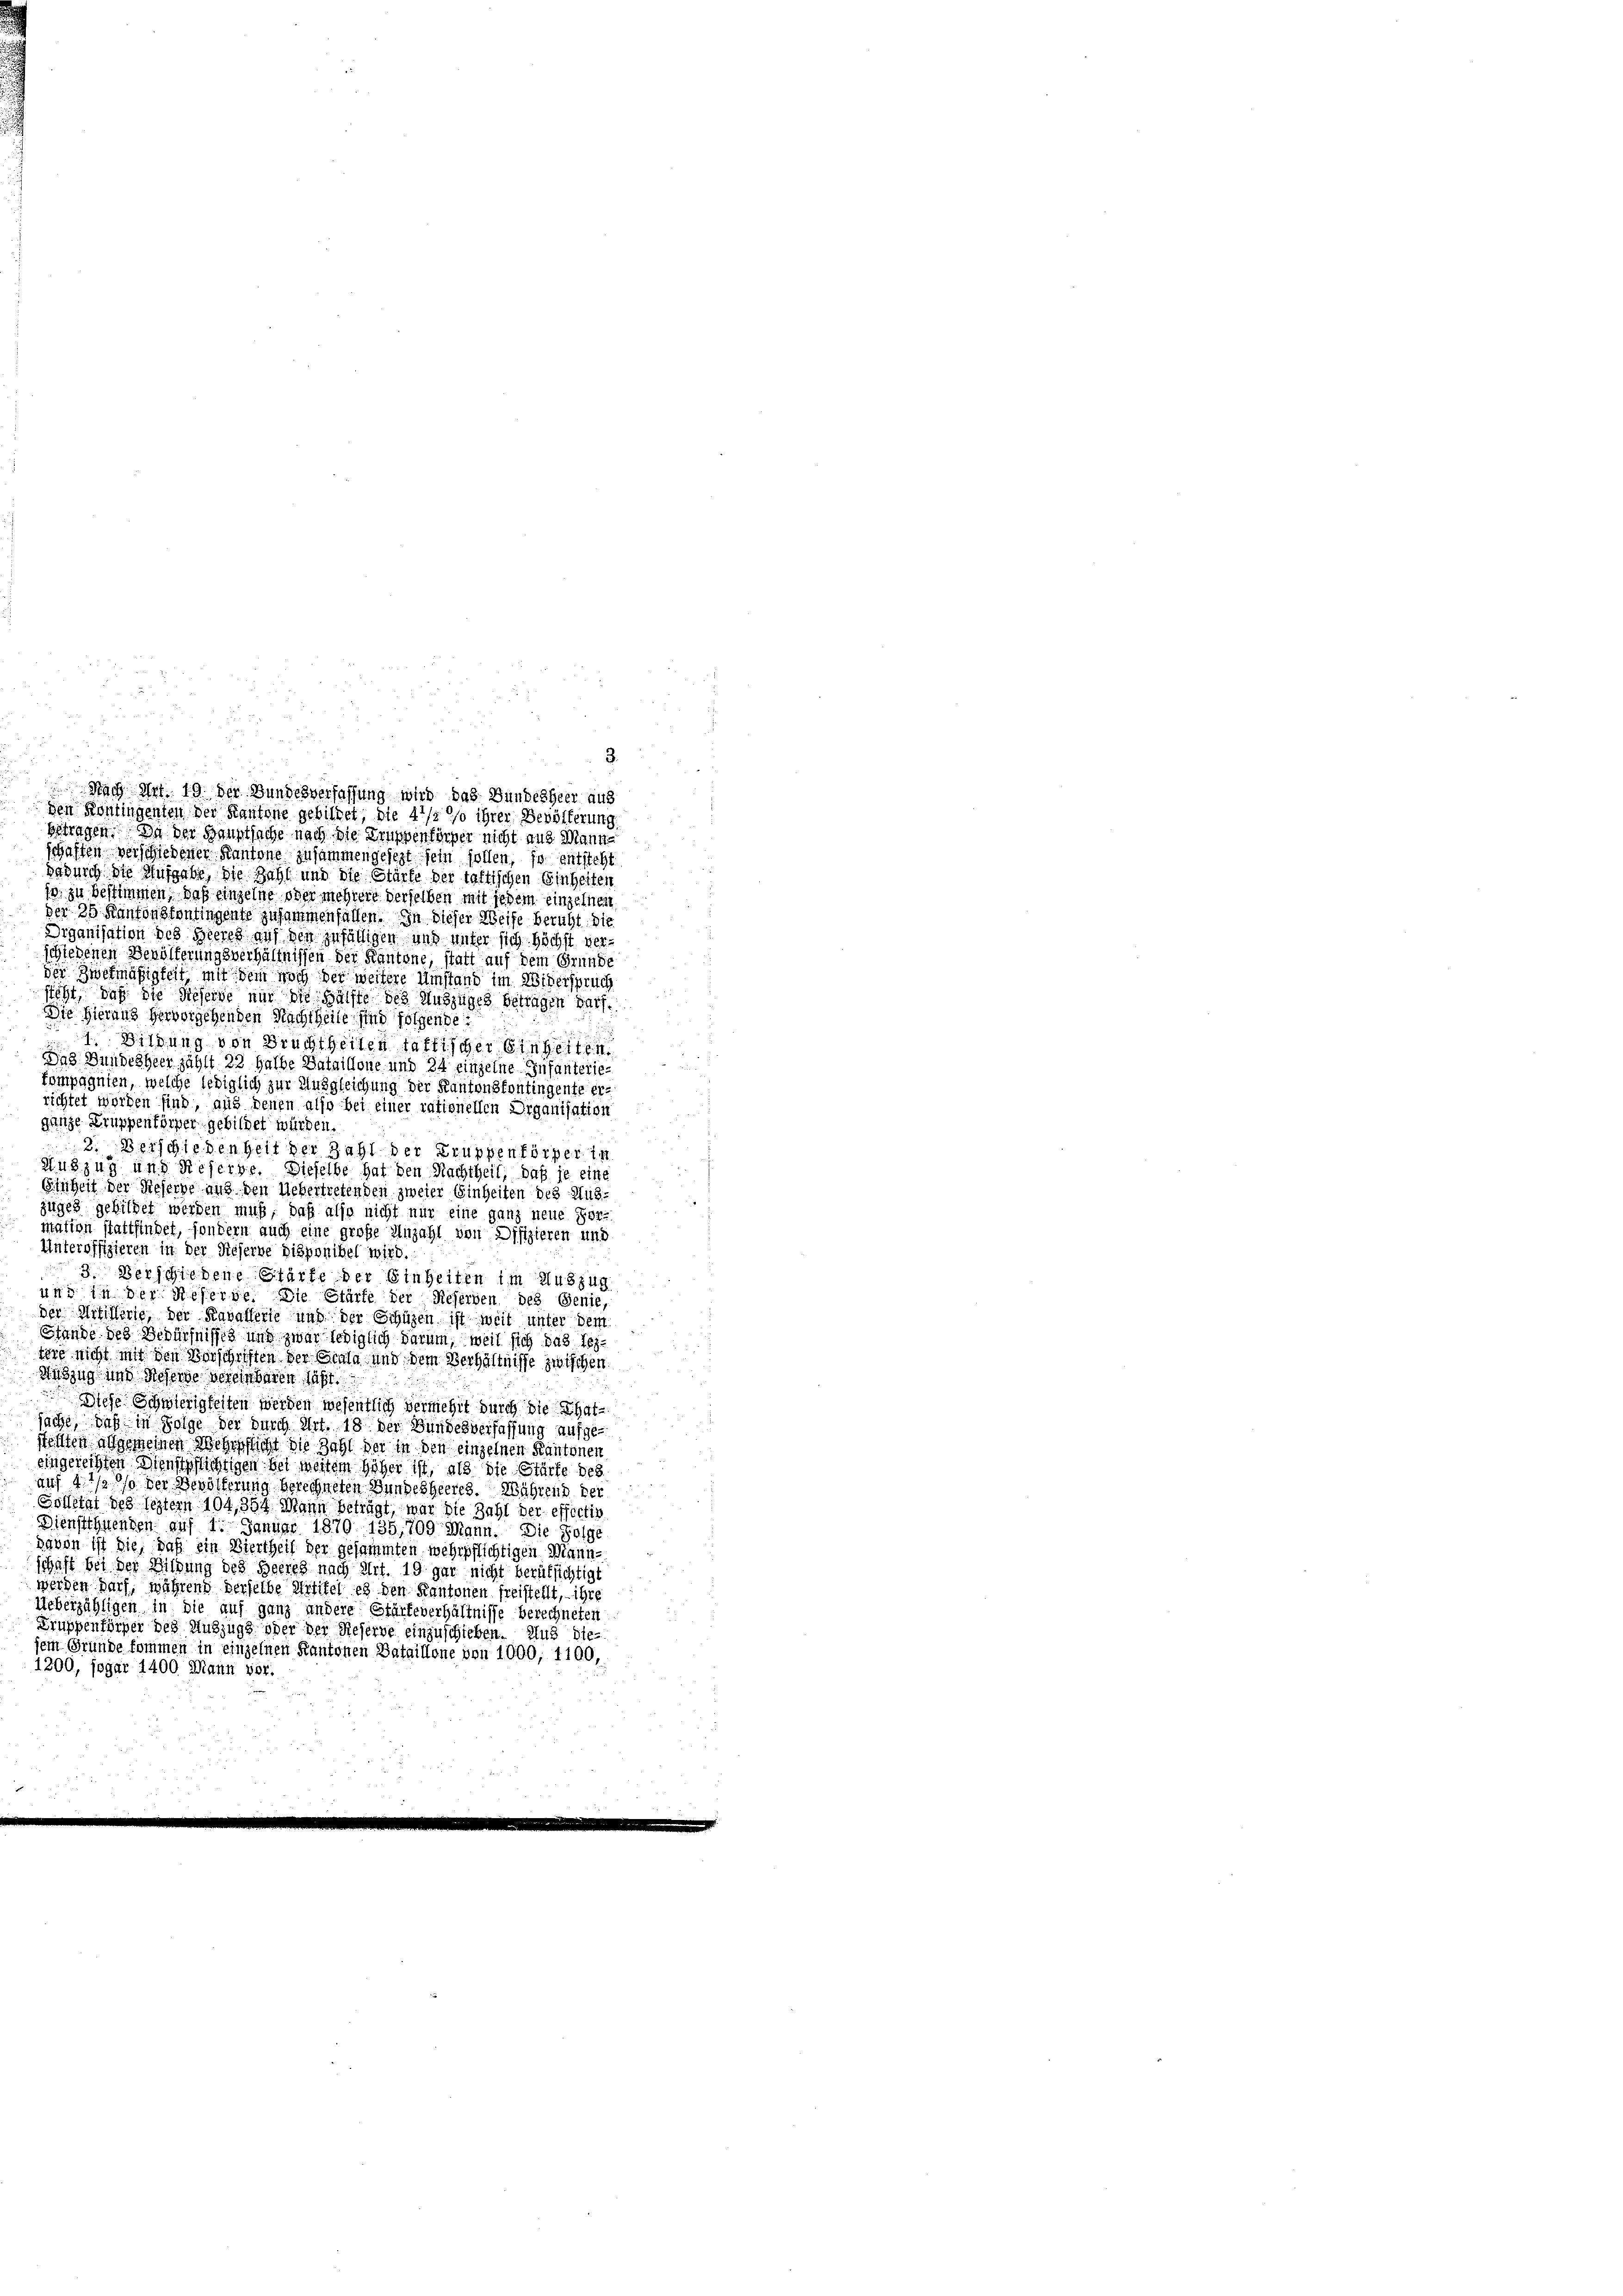
betragen. Da der Hauptsache nach die Gruppenkörper nicht aus Manns
schaffen verschiedener Kantone zusammengesezt sein sollen, so entsteht.
dadurch die Aufgabe, die Zahl und die Stürfe der taltischen Einheiten
1o. zu bestimmen, daß einzelne ober mehrere derselben mit jedem einzelnen
der 25 Kantonskontingente zusammenfallen. In dieser Weise beruht. Die
Organisation des Heeres auf den zufälligen und unter sich höchst verschiedenen Bevölferungsverhältnissen der Kantone, statt auf dem Grunde
der Zwekmäßigkeit mit dem noch der weisere Umstand im Widerspruch
steht, daß die dieserbe nur die Hälfte des Auszuges betragen darf.
Die Hieraus hervorgehenden Nachtheile sind folgende
1. Bildung von Bruchtheilen faltischer Einheiten
das Bundesheer zählt 22 halbe Bataillone und 24 einzelne Infanterie-
kompagnien, welche lediglich zur Ausgleichung der Kantonsfontingente errichtet worden sind, aus denen also bei einer rationellen Organisation
ganze Truppenförper gebildet würden.
2. Verschiedenheit der Zahl der Truppenkörper in
Auszug und Referte. Dieselbe hat den Nachtheil, daß je eine
Einheit der Reserbe und den Uebertretenden zweier Einheiten des Aus-
zuges gebildet werden muß, daß also nicht nur eine ganz neue Per-
mation stattfindet, sondern auch eine große Anzahl von Difizieren und
Unteroffizieren in der dieserve disponibel wird.
3. Verschiedene Stärfe der Einheiten im Auszug
und in der Referge. Die Stärte der Reserben des Genie,
der Artillerie, der Kavallerie und der Schüzen ist weit unter dem
Stände des Bedürfnisses und zwar lediglich darum, weil sich das Tes-
tere nicht mit den Vorschriften der Scala und dem Verhältnisse zwischen.
Auszug und Hoserde vereinbaren läßt.
Diese Schwierigkeiten werden wesentlich vermehrt durch die Thatsache, daß in Folge der durch Art. 18 der Bundesverfassung aufgesteilten angemeinen Wehrpflicht die Zahl der in den einzelnen Kantonen
eingereichten Dienstpflichtigen bei weitem höher ist, als die Stürfe des
auf 4 1/2 % der Bevölkerung berechneten Bundesheeres. Während der
Soilitat des leztern 104, 354 Mann beträgt, war die Zahl der effectiv
Dienstthwenden auf 1. Januar 1870. 135, 709 Mann. Die Folge
davon ist die, daß ein Viertheil der gesammten wehrpflichtigen Mannschaft bei der Wildung des Heeres nach Art. 19 gar nicht berufsichtigt
werden darf, während derselbe Petitel es den Kantonen freistellt, ihre
Ueberzähligen in die auf ganz andere Stärkeverhältnisse berechneten
Gruppenförper des Auszug oder der Reserve einzuschieben. Aus die-
sein Gründe kommen in einzelnen Kantonen Bataillone von 1000, 1100,
1200, sogar 1400 Mann vor.

3.
Nach Art. 19. der Bundesverfassung wird das Bundesheer aus
den Kontingenten der Kantone gebildet, die 4 1/2 so ihrer Bevölkerung